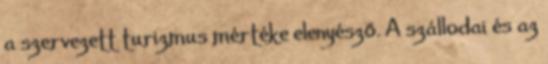
a szervezett turizmus mértéke elenyésző. A szállodai és az